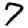
Digit: 7